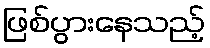
ဖြစ်ပွားနေသည့်